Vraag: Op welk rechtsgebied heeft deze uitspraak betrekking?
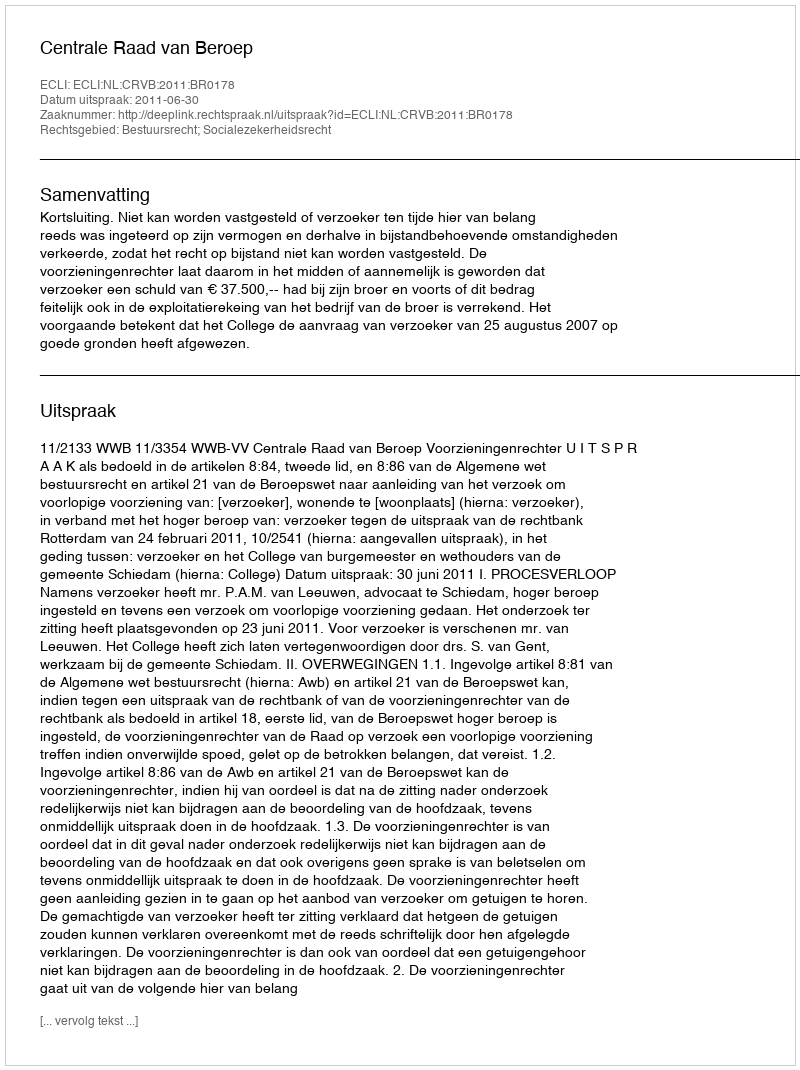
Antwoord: Bestuursrecht; Socialezekerheidsrecht